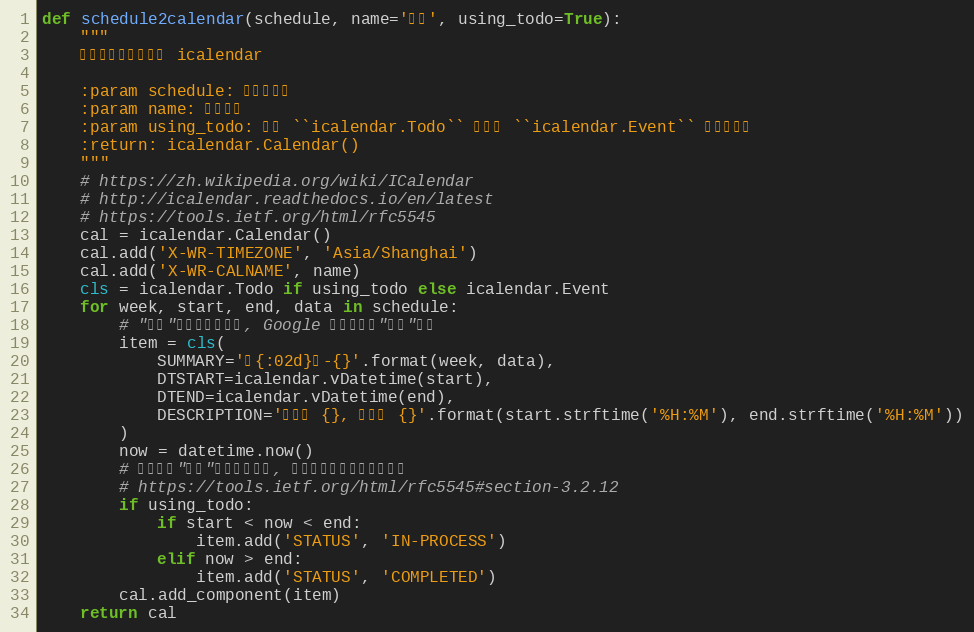
Language: Python
def schedule2calendar(schedule, name='课表', using_todo=True):
    """
    将上课时间表转换为 icalendar

    :param schedule: 上课时间表
    :param name: 日历名称
    :param using_todo: 使用 ``icalendar.Todo`` 而不是 ``icalendar.Event`` 作为活动类
    :return: icalendar.Calendar()
    """
    # https://zh.wikipedia.org/wiki/ICalendar
    # http://icalendar.readthedocs.io/en/latest
    # https://tools.ietf.org/html/rfc5545
    cal = icalendar.Calendar()
    cal.add('X-WR-TIMEZONE', 'Asia/Shanghai')
    cal.add('X-WR-CALNAME', name)
    cls = icalendar.Todo if using_todo else icalendar.Event
    for week, start, end, data in schedule:
        # "事件"组件更具通用性, Google 日历不支持"待办"组件
        item = cls(
            SUMMARY='第{:02d}周-{}'.format(week, data),
            DTSTART=icalendar.vDatetime(start),
            DTEND=icalendar.vDatetime(end),
            DESCRIPTION='起始于 {}, 结束于 {}'.format(start.strftime('%H:%M'), end.strftime('%H:%M'))
        )
        now = datetime.now()
        # 这个状态"事件"组件是没有的, 对于待办列表类应用有作用
        # https://tools.ietf.org/html/rfc5545#section-3.2.12
        if using_todo:
            if start < now < end:
                item.add('STATUS', 'IN-PROCESS')
            elif now > end:
                item.add('STATUS', 'COMPLETED')
        cal.add_component(item)
    return cal